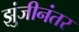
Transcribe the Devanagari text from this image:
झुंजीनंतर